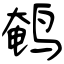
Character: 鹌